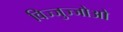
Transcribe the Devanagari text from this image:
विज्जुज्जोओ